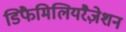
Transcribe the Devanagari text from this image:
डिफैमिलियरैज़ेशन